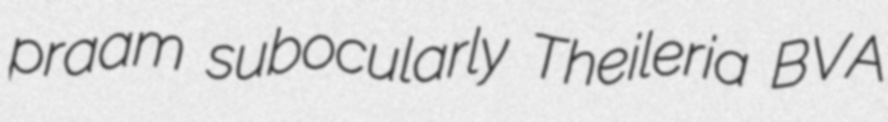
praam subocularly Theileria BVA